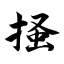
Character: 搔